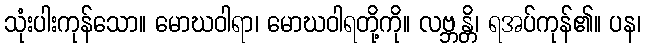
သုံးပါးကုန်သော။ မောဃဝါရာ၊ မောဃဝါရတို့ကို။ လဗ္ဘန္တိ၊ ရအပ်ကုန်၏။ ပန၊